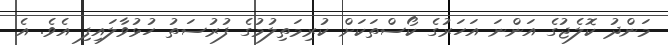
މަންދު ކޮލެޖުގެ އަންނަ އަހަރުގެ ކޯސްތަކަށް ކުރިމަތިލުމުގެ ފުރުސަތު ހުޅުވާލައިފި އެވެ. އެ